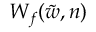
W _ { f } ( \tilde { w } , n )